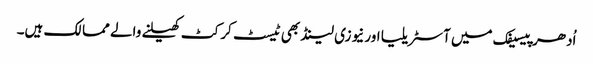
اُدھر پیسیفک میں آسٹریلیا اور نیوزی لینڈ بھی ٹیسٹ کرکٹ کھیلنے والے ممالک ہیں۔